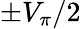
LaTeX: \pm V_{\pi}/2